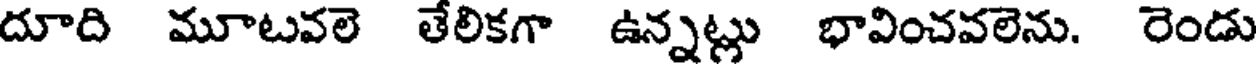
దూది మూటవలె తేలికగా ఉన్నట్లు భావించవలెను. రెండు